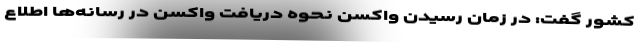
کشور گفت: در زمان رسیدن واکسن نحوه دریافت واکسن در رسانه‌ها اطلاع